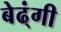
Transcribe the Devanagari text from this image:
बेढ्ंगी